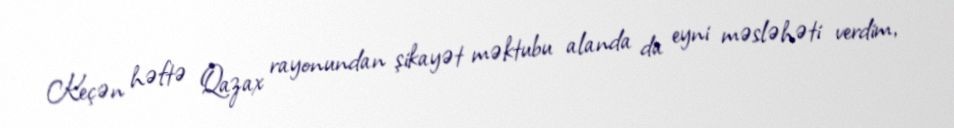
Keçən həftə Qazax rayonundan şikayət məktubu alanda da eyni məsləhəti verdim,